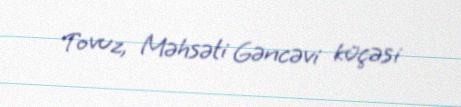
Tovuz, Məhsəti Gəncəvi küçəsi